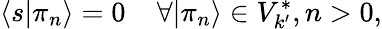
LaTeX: \langle s|\pi_{n}\rangle=0\; \; \; \; \forall|\pi_{n}\rangle\in V_{k^{\prime}}^{*},n>0,